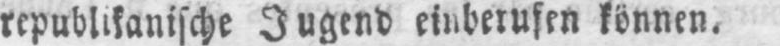
republikanische Jugend einberufen können.